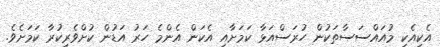
އެކިއެކި މުއައްސަސާތަކުން ހުރަސްއަޅާ ކަމަށާއި އެކަން އެންމެ ހަރު އަޑުން ކުށްވެރިކުރާ ކަމަށެވެ.